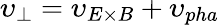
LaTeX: \upsilon_{\perp}=\upsilon_{E\times B}+\upsilon_{pha}